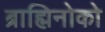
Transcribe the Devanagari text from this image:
ब्राह्मिनोको